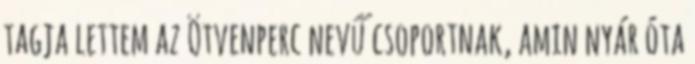
tagja lettem az Ötvenperc nevű csoportnak, amin nyár óta